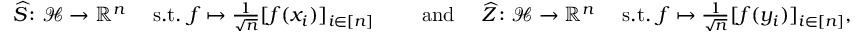
\begin{array} { r l r } { \widehat { S } \colon \mathcal { H } \to \mathbb R ^ { n } \quad \mathrm { ~ s . t . ~ } f \mapsto \frac { 1 } { \sqrt { n } } [ f ( x _ { i } ) ] _ { i \in [ n ] } } & { \quad \mathrm { ~ a n d ~ } } & { \widehat { Z } \colon \mathcal { H } \to \mathbb R ^ { n } \quad \mathrm { ~ s . t . ~ } f \mapsto \frac { 1 } { \sqrt { n } } [ f ( y _ { i } ) ] _ { i \in [ n ] } , } \end{array}